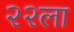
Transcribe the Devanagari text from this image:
२२ला